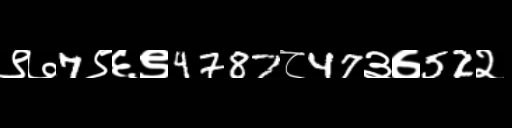
Text: ९७7९६९4787८47३७52२